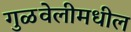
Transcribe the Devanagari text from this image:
गुळवेलीमधील